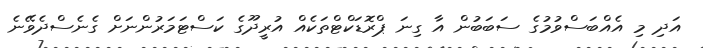
އަދި މި އެއްބަސްވުމުގެ ސަބަބުން އާ ގިނަ ޕްރޮޑަކްޓްތަކެއް އުރީދޫގެ ކަސްޓަމަރުންނަށް ގެނެސްދެވޭނެ